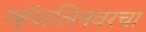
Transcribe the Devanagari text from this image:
व्हॅसलिनवरचा